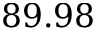
8 9 . 9 8